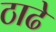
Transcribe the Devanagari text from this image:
ठाढे